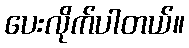
ပေးလိုက်ပါတယ်။